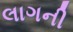
લાગની